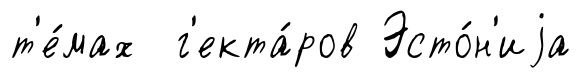
т'е́мах г'екта́ров Эсто́н'иjа